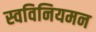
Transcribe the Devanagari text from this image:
स्वविनियमन